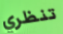
تنظري